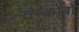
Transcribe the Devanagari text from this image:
तन्कोबों